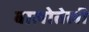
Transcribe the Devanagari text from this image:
बालोतेली